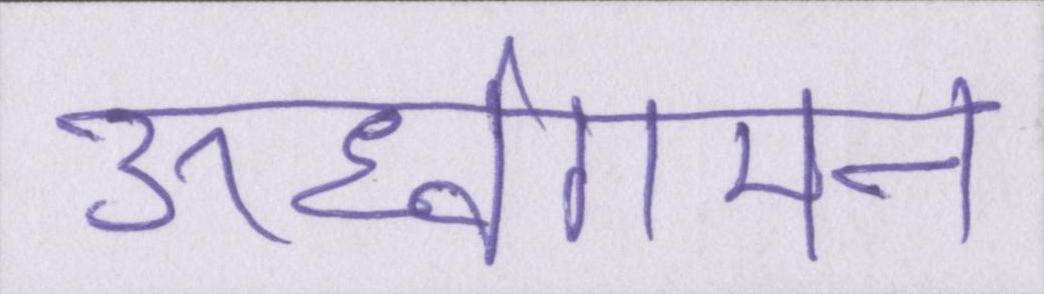
ऊर्ध्वगमन